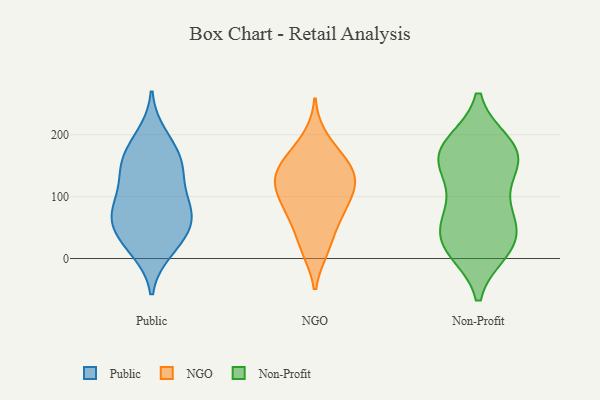
{"axis": {"x": "Energy Usage (MWh)", "y": "Value"}, "legend": ["NGO", "Non-Profit", "Public"], "data": [{"x": "", "y": 89, "type": "Public"}, {"x": "", "y": 82, "type": "Public"}, {"x": "", "y": 51, "type": "Public"}, {"x": "", "y": 37, "type": "Public"}, {"x": "", "y": 134, "type": "Public"}, {"x": "", "y": 14, "type": "Public"}, {"x": "", "y": 164, "type": "Public"}, {"x": "", "y": 140, "type": "Public"}, {"x": "", "y": 175, "type": "Public"}, {"x": "", "y": 21, "type": "Public"}, {"x": "", "y": 198, "type": "Public"}, {"x": "", "y": 84, "type": "Public"}, {"x": "", "y": 61, "type": "Public"}, {"x": "", "y": 146, "type": "Public"}, {"x": "", "y": 69, "type": "Public"}, {"x": "", "y": 166, "type": "NGO"}, {"x": "", "y": 139, "type": "NGO"}, {"x": "", "y": 116, "type": "NGO"}, {"x": "", "y": 94, "type": "NGO"}, {"x": "", "y": 67, "type": "NGO"}, {"x": "", "y": 152, "type": "NGO"}, {"x": "", "y": 17, "type": "NGO"}, {"x": "", "y": 118, "type": "NGO"}, {"x": "", "y": 117, "type": "NGO"}, {"x": "", "y": 126, "type": "NGO"}, {"x": "", "y": 62, "type": "NGO"}, {"x": "", "y": 15, "type": "NGO"}, {"x": "", "y": 194, "type": "NGO"}, {"x": "", "y": 154, "type": "NGO"}, {"x": "", "y": 76, "type": "NGO"}, {"x": "", "y": 155, "type": "Non-Profit"}, {"x": "", "y": 55, "type": "Non-Profit"}, {"x": "", "y": 169, "type": "Non-Profit"}, {"x": "", "y": 17, "type": "Non-Profit"}, {"x": "", "y": 91, "type": "Non-Profit"}, {"x": "", "y": 182, "type": "Non-Profit"}, {"x": "", "y": 186, "type": "Non-Profit"}, {"x": "", "y": 159, "type": "Non-Profit"}, {"x": "", "y": 62, "type": "Non-Profit"}, {"x": "", "y": 39, "type": "Non-Profit"}, {"x": "", "y": 77, "type": "Non-Profit"}, {"x": "", "y": 21, "type": "Non-Profit"}, {"x": "", "y": 149, "type": "Non-Profit"}, {"x": "", "y": 186, "type": "Non-Profit"}, {"x": "", "y": 141, "type": "Non-Profit"}, {"x": "", "y": 13, "type": "Non-Profit"}, {"x": "", "y": 18, "type": "Non-Profit"}]}